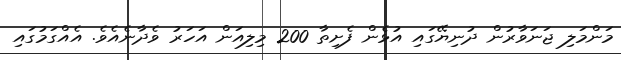
މަންމަލި ޖަނަވާރުން ދުނިޔޭގައި އުޅެން ފެށިތާ 200 މިލިއަން އަހަރު ވެދާނެއެވެ. އެއްގަމުގައި